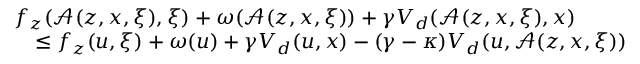
\begin{array} { r l } & { f _ { z } ( \mathcal { A } ( z , x , \xi ) , \xi ) + \omega ( \mathcal { A } ( z , x , \xi ) ) + \gamma V _ { d } ( \mathcal { A } ( z , x , \xi ) , x ) } \\ & { \quad \leq f _ { z } ( u , \xi ) + \omega ( u ) + \gamma V _ { d } ( u , x ) - ( \gamma - \kappa ) V _ { d } ( u , \mathcal { A } ( z , x , \xi ) ) } \end{array}